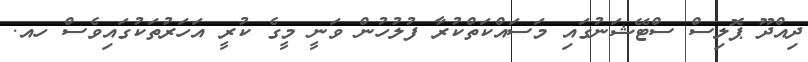
ދިއްދޫ ޕޮލިސް ސްޓޭޝަނުގައި މަސައްކަތްކުރާ ފުލުހުން ވަނީ މީގެ ކުރީ އަހަރުތަކުގައިވެސް ހއ.